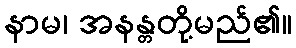
နာမ၊ အနန္တတို့မည်၏။